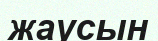
жаусын